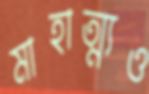
মাহাত্ম্যও